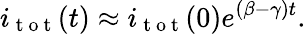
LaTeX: i_{\mathrm{~t~o~t~}}(t)\approx i_{\mathrm{~t~o~t~}}(0)e^{(\beta-\gamma)t}.